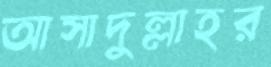
আসাদুল্লাহর